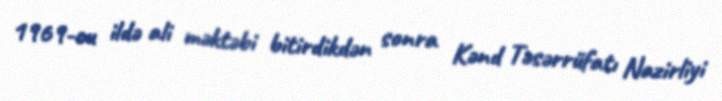
1969-cu ildə ali məktəbi bitirdikdən sonra Kənd Təsərrüfatı Nazirliyi